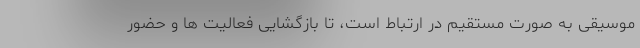
موسیقی به صورت مستقیم در ارتباط است، تا بازگشایی فعالیت ها و حضور